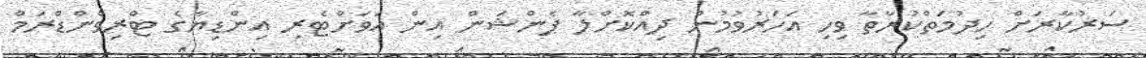
ސަރުކާރަށް ހިދުމަތްކުރާތާ ވިހި އަހަރުވުމުން ދިއްކޮށްލާ ޕެންޝަން އިން އަވަށްޓެރި އިންޑިޔާގެ ޓްރިވެންޑްރަމް